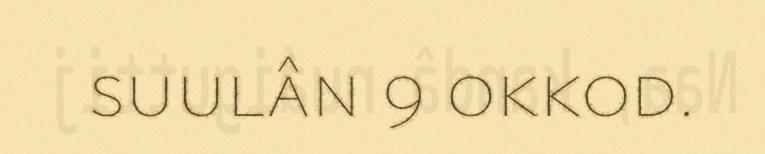
suulân 9 okkod.